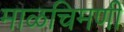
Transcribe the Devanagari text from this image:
माळचिमणी